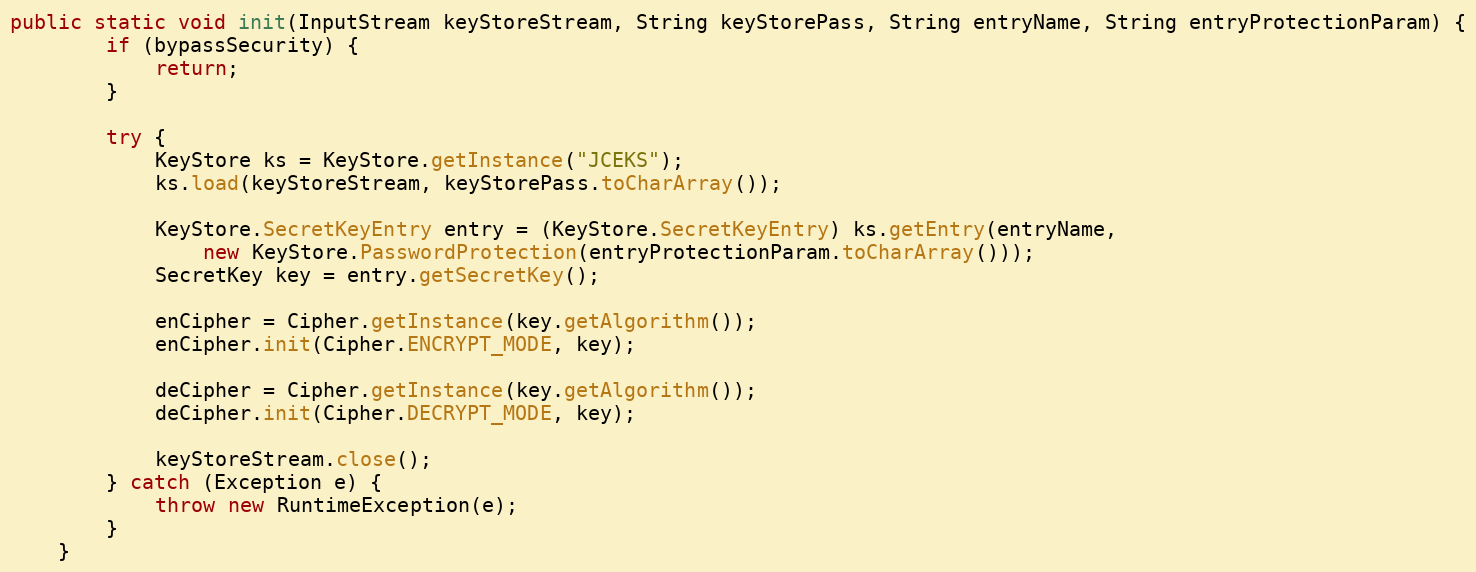
Language: Java
public static void init(InputStream keyStoreStream, String keyStorePass, String entryName, String entryProtectionParam) {
		if (bypassSecurity) {
			return;
		}

		try {
			KeyStore ks = KeyStore.getInstance("JCEKS");
			ks.load(keyStoreStream, keyStorePass.toCharArray());

			KeyStore.SecretKeyEntry entry = (KeyStore.SecretKeyEntry) ks.getEntry(entryName,
				new KeyStore.PasswordProtection(entryProtectionParam.toCharArray()));
			SecretKey key = entry.getSecretKey();

			enCipher = Cipher.getInstance(key.getAlgorithm());
			enCipher.init(Cipher.ENCRYPT_MODE, key);

			deCipher = Cipher.getInstance(key.getAlgorithm());
			deCipher.init(Cipher.DECRYPT_MODE, key);

			keyStoreStream.close();
		} catch (Exception e) {
			throw new RuntimeException(e);
		}
	}